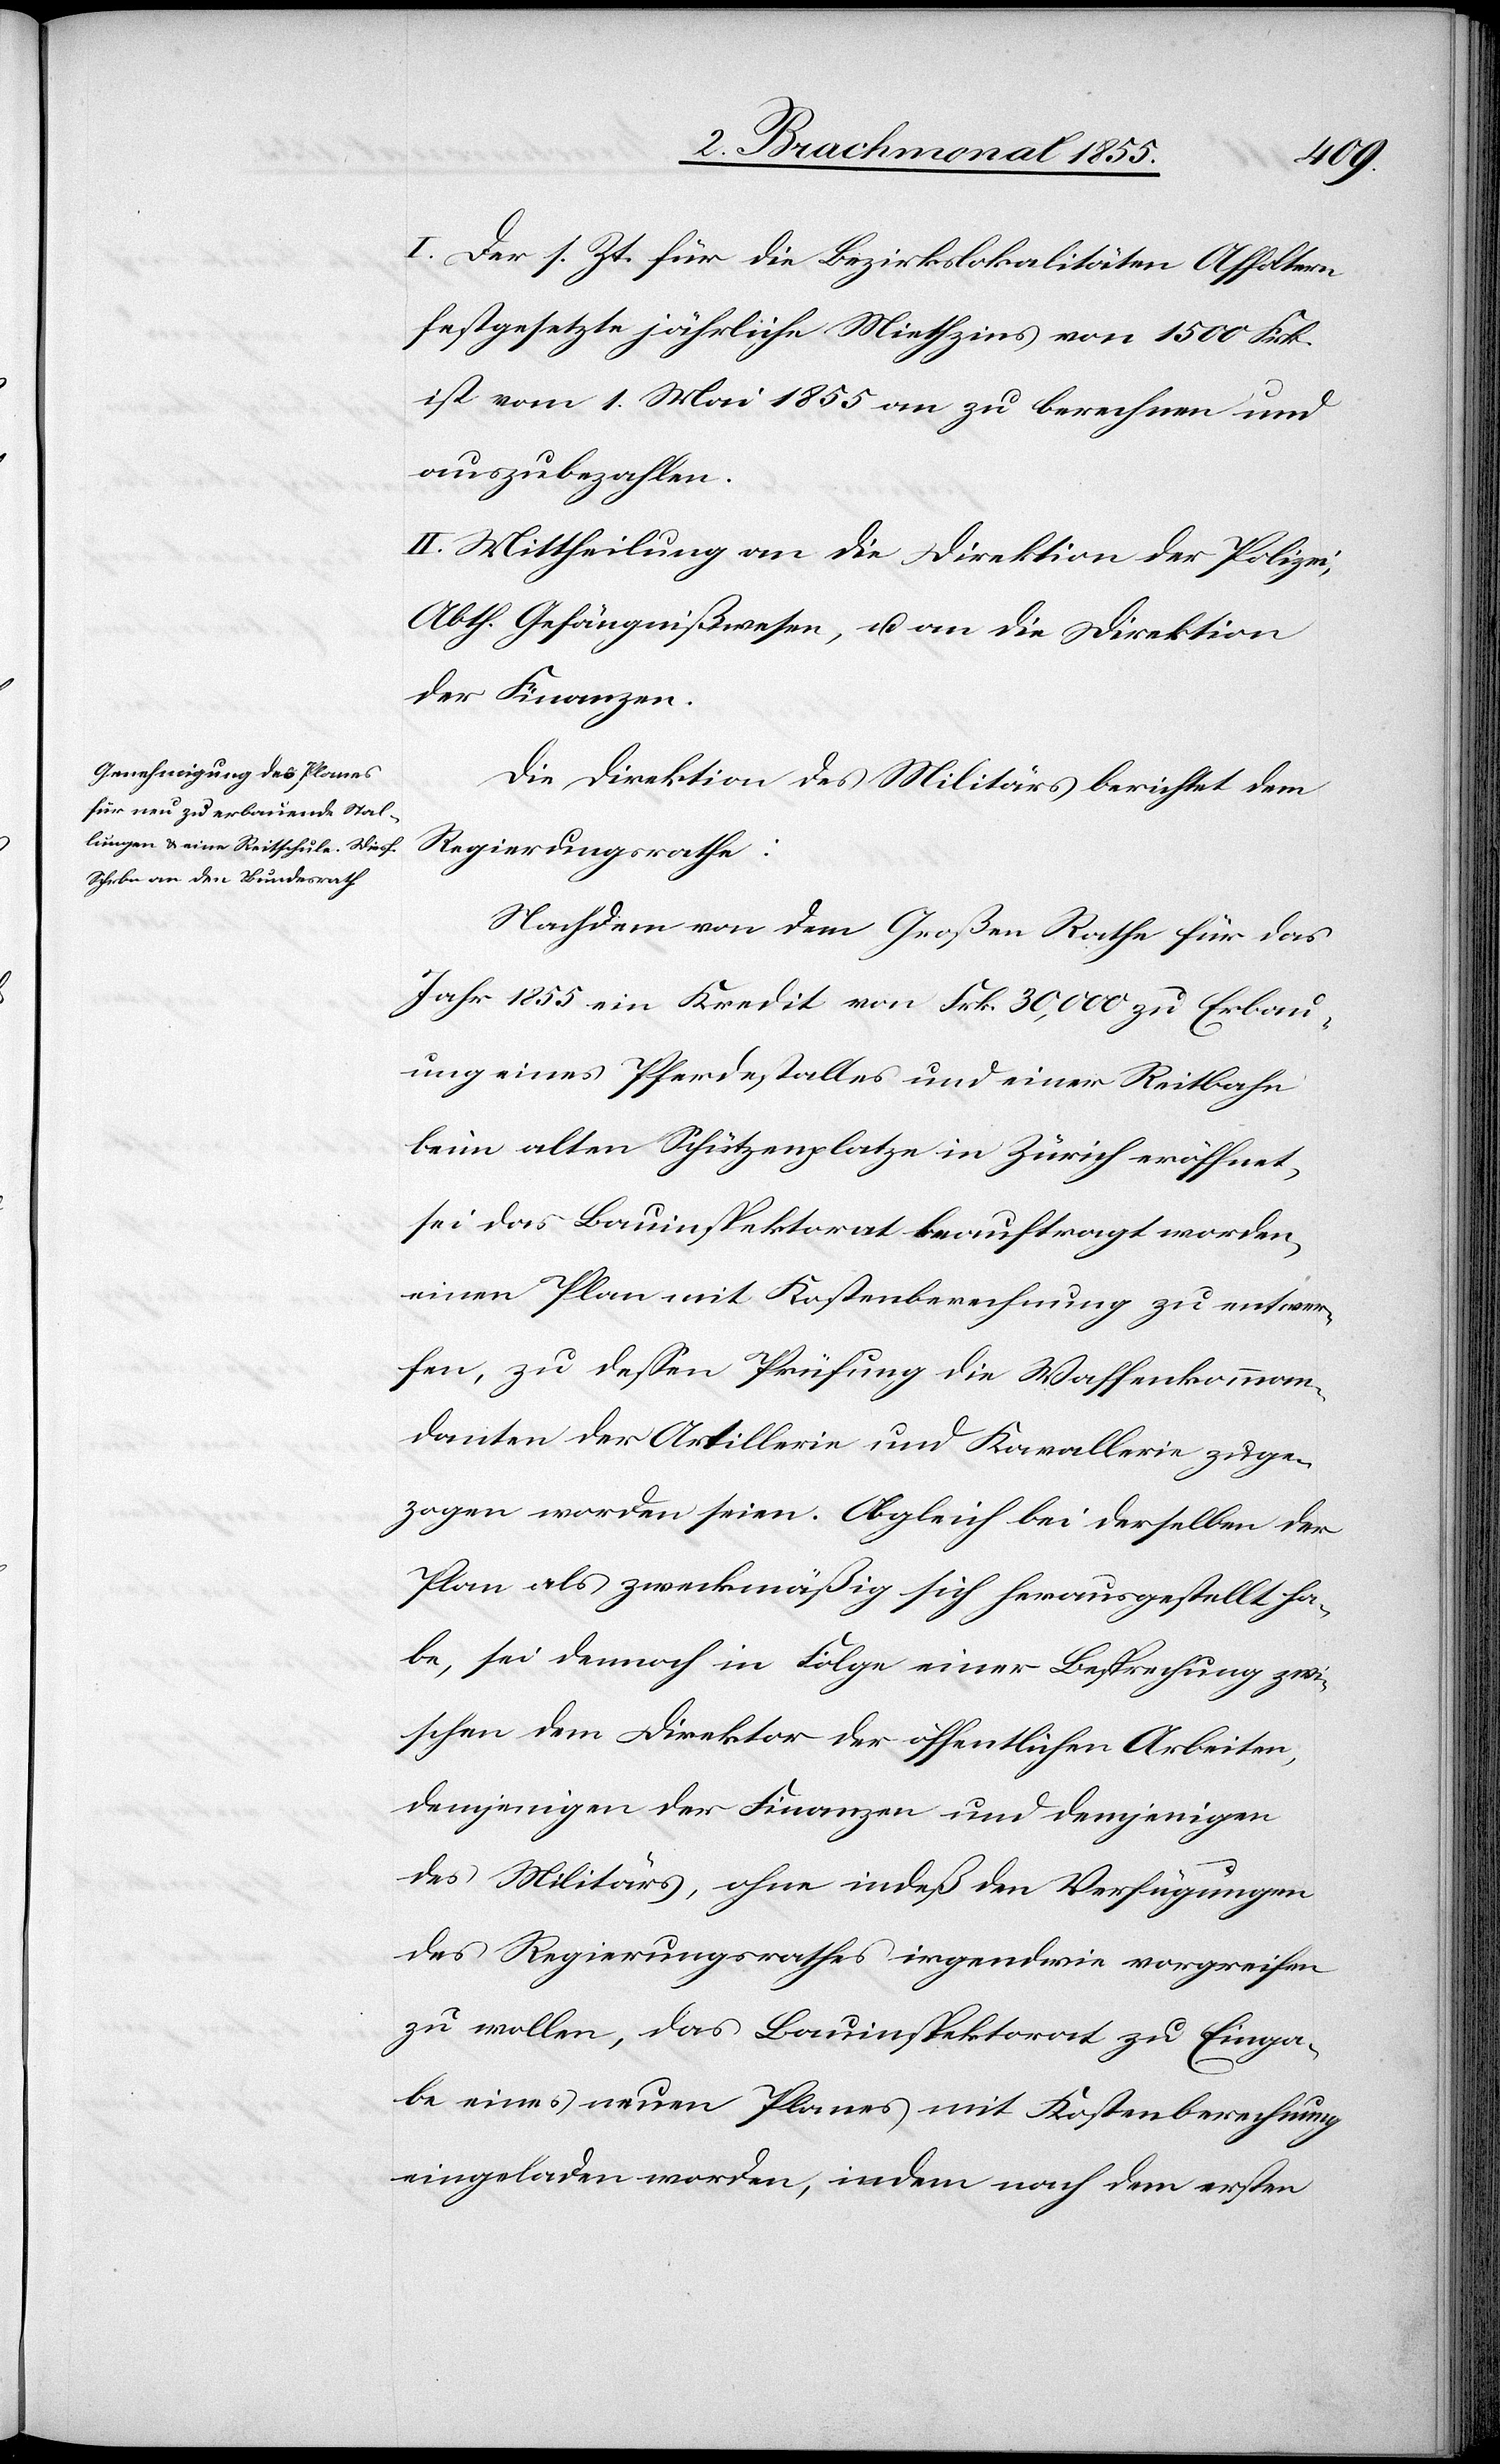
I. Der s. Zt. für die Bezirkslokalitäten Affoltern
festgesetzte jährliche Miethzins von 1500 Frk.
ist vom 1. Mai 1855 an zu berechnen und
auszubezahlen.
II. Mittheilung an die Direktion der Polizei,
Abth. Gefängnißwesen, u. an die Direktion
der Finanzen.
Die Direktion des Militärs berichtet dem
Regierungsrathe:
Nachdem von dem Großen Rathe für das
Jahr 1855 ein Kredit von Frk. 30,000 zu Erbau¬
ung eines Pferdestalles und einer Reitbahn
beim alten Schützenplatze in Zürich eröffnet,
sei das Bauinspektorat beauftragt worden,
einen Plan mit Kostenberechnung zu entwer¬
fen, zu dessen Prüfung die Waffenkomman¬
danten der Artillerie und Kavallerie zuge¬
zogen worden seien. Obgleich bei derselben der
Plan als zweckmäßig sich herausgestellt ha¬
be, sei dennoch in Folge einer Besprechung zwi¬
schen dem Direktor der öffentlichen Arbeiten,
demjenigen der Finanzen und demjenigen
des Militärs, ohne indeß den Verfügungen
des Regierungsrathes irgendwie vorgreifen
zu wollen, das Bauinspektorat zu Einga¬
be eines neuen Planes mit Kostenberechnung
eingeladen worden, indem nach dem ersten